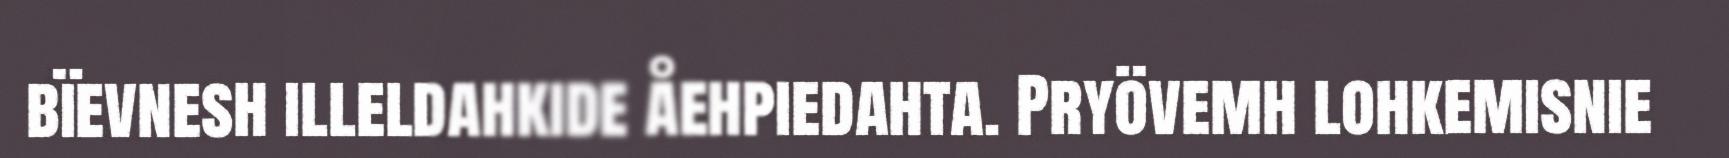
bïevnesh illeldahkide åehpiedahta. Pryövemh lohkemisnie